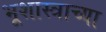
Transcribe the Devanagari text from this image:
भूशास्त्राच्या